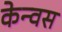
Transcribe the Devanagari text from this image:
केन्वस